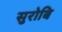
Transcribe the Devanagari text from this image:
सुरोबि